Vaccination North-Western Provinces 1866-1877 - 1866-1877
Year: 1866
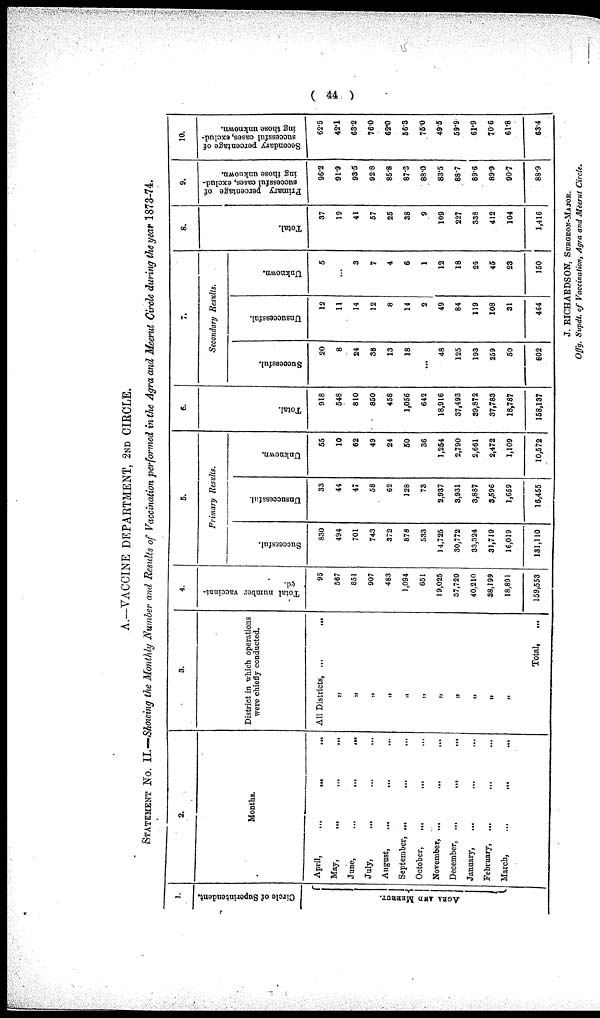
( 44 )
A.—VACCINE DEPARTMENT, 2ND CIRCLE.
STATEMENT NO. II.—Showing the Monthly Number and Results of Vaccination performed in the Agra and Meerut Circle during the year 1873-74.
1.
Circle of Superintendent.
AGRA AND MEERUT.
2.
Months.
April, ... ... ...
May, ... ... ...
June, ... ... ...
July, ... ... ...
August,
... ... ...
September, ... ... ...
October, ... ... ...
November, ... ...
...
December, ...
...
...
January,
... ... ...
February, ... ... ...
March,
...
...
...
3.
District in which operations
were chiefly conducted.
All Districts, ...
...
„
„
„
„
„
„
„
„
„
„
„
Total, ...
4.
Total number vaccinat-
ed.
95
567
851
907
483
1,094
651
19,025
37,720
40,210
38,199
18,891
159,553
5.
Primary Results.
Successful.
830
494
701
743
372
878
533
14,725
30,772
33,324
31,719
16,019
131,110
Unsuccessful.
33
44
47
58
62
128
73
2,937
3,931
3,887
3,596
1,659
16,455
Unknown.
55
10
62
49
24
50
36
1,254
2,790
2,661
2,472
1,109
10,572
6.
Total.
918
548
810
850
458
1,056
642
18,916
37,493
39,872
37,783
18,787
158,137
7.
Secondary Results.
Successful.
20
8
24
38
13
18
...
48
125
193
259
50
802
Unsuccessful.
12
11
14
12
8
14
2
49
84
119
108
31
464
Unknown.
5
...
3
7
4
6
1
12
18
26
45
23
150
8.
Total.
37
19
41
57
25
38
9
109
227
338
412
104
1,416
9.
Primary percentage of
successful cases, exclud-
ing those unknown.
96.2
91.9
93.5
92.8
85.8
87.3
88.0
83.5
88.7
89.6
89.9
90.7
88.9
10.
Secondary percentage of
successful cases, exclud-
ing those unknown.
62.5
42.1
63.2
76.0
62.0
56.3
75.0
49.5
59.9
61.9
70.6
61.8
63.4
J. RICHARDSON, SURGEON-MAJOR.
Offg. Supdt. of Vaccination, Agra and Meerut Circle.